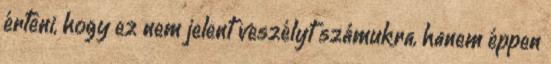
érteni, hogy ez nem jelent veszélyt számukra, hanem éppen